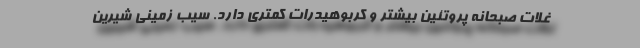
غلات صبحانه پروتئین بیشتر و کربوهیدرات کمتری دارد. سیب زمینی شیرین